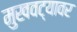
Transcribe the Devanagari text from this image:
मुखवट्यावर